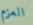
العزم